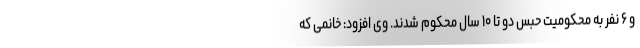
و ۶ نفر به محکومیت حبس دو تا ۱۰ سال محکوم شدند. وی افزود: خانمی که